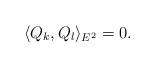
LaTeX: \begin{align*} \langle Q_k,Q_l\rangle_{E^2} = 0.\end{align*}